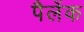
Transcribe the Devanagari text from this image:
पैलेंक